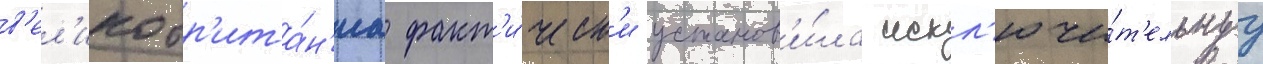
в'ел'икобр'ита́н'иа факт'и́ческ'и установ'и́ла искл'ючи́т'ельнуу